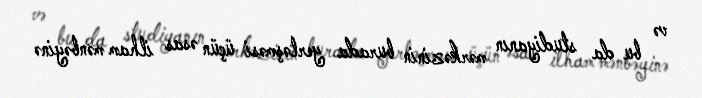
və bu da studiyanın mərkəzinin burada yerləşməsi üçün əsas ilham mənbəyinə